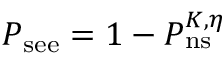
P _ { \mathrm { s e e } } = 1 - P _ { \mathrm { n s } } ^ { K , \eta }